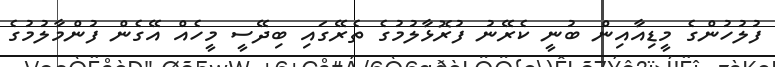
ފުލުހުންގެ މީޑިއާއިން ބުނީ ކެރޭނު ފުރޮޅާލުމުގެ ތެރޭގައި ބިދޭސީ މީހެއް އޭގެން ފުންމާލުމުގެ